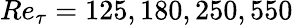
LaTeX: Re_{\tau}=125,180,250,550